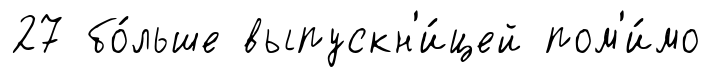
27 бо́льше выпускн'и́цей пом'и́мо